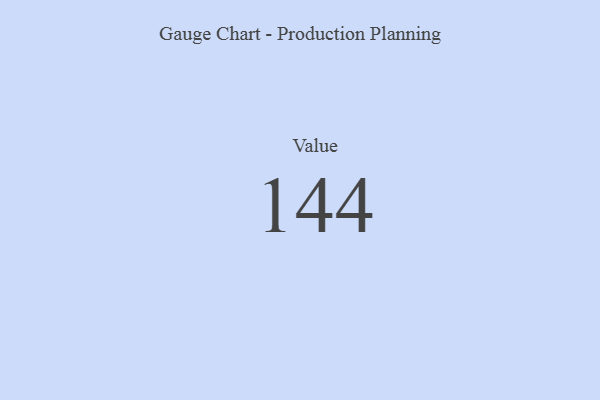
{"axis": {"x": "Metric", "y": "Value"}, "legend": [""], "data": [{"x": "Value", "y": 144, "type": ""}]}